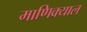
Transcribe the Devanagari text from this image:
माणिक्याल